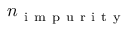
n _ { \mathrm { ~ i ~ m ~ p ~ u ~ r ~ i ~ t ~ y ~ } }